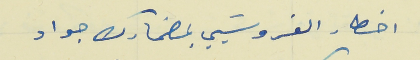
اخطار الفروسَيي بمضمارك جواد